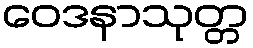
ဝေဒနာသုတ္တ